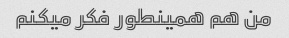
من هم همینطور فکر میکنم